Annual report on the Civil Veterinary Department, Burma (including the Insein Veterinary School) - 1910-1922
Year: 1910
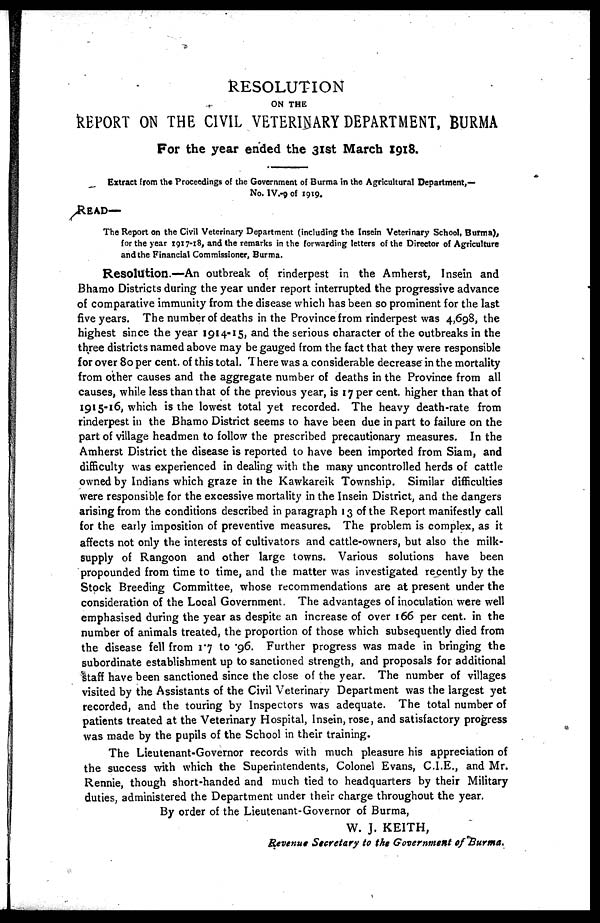
RESOLUTION
ON THE
REPORT ON THE CIVIL VETERINARY DEPARTMENT, BURMA
For the year ended the 31st March 1918.
Extract from the Proceedings of the Government of Burma in the Agricultural Department,—
No. IV.-9 of 1919.
READ—
The Report on the Civil Veterinary Department (including the Insein Veterinary School, Burma),
for the year 1917-18, and the remarks in the forwarding letters of the Director of Agriculture
and the Financial Commissioner, Burma.
Resolution.—An outbreak of rinderpest in the Amherst, Insein and
Bhamo Districts during the year under report interrupted the progressive advance
of comparative immunity from the disease which has been so prominent for the last
five years. The number of deaths in the Province from rinderpest was 4,698, the
highest since the year 1914-15, and the serious character of the outbreaks in the
three districts named above may be gauged from the fact that they were responsible
for over 80 per cent. of this total. There was a considerable decrease in the mortality
from other causes and the aggregate number of deaths in the Province from all
causes, while less than that of the previous year, is 17 per cent. higher than that of
1915-16, which is the lowest total yet recorded. The heavy death-rate from
rinderpest in the Bhamo District seems to have been due in part to failure on the
part of village headmen to follow the prescribed precautionary measures. In the
Amherst District the disease is reported to have been imported from Siam, and
difficulty was experienced in dealing with the many uncontrolled herds of cattle
owned by Indians which graze in the Kawkareik Township. Similar difficulties
were responsible for the excessive mortality in the Insein District, and the dangers
arising from the conditions described in paragraph 13 of the Report manifestly call
for the early imposition of preventive measures. The problem is complex, as it
affects not only the interests of cultivators and cattle-owners, but also the milk-
supply of Rangoon and other large towns. Various solutions have been
propounded from time to time, and the matter was investigated recently by the
Stock Breeding Committee, whose recommendations are at present under the
consideration of the Local Government. The advantages of inoculation were well
emphasised during the year as despite an increase of over 166 per cent. in the
number of animals treated, the proportion of those which subsequently died from
the disease fell from 1.7 to .96. Further progress was made in bringing the
subordinate establishment up to sanctioned strength, and proposals for additional
staff have been sanctioned since the close of the year. The number of villages
visited by the Assistants of the Civil Veterinary Department was the largest yet
recorded, and the touring by Inspectors was adequate. The total number of
patients treated at the Veterinary Hospital, Insein, rose, and satisfactory progress
was made by the pupils of the School in their training.
The Lieutenant-Governor records with much pleasure his appreciation of
the success with which the Superintendents, Colonel Evans, C.I.E., and Mr.
Rennie, though short-handed and much tied to headquarters by their Military
duties, administered the Department under their charge throughout the year.
By order of the Lieutenant-Governor of Burma,
W. J. KEITH,
Revenue Secretary to the Government of Burma.